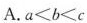
A.$$a < b < c$$